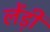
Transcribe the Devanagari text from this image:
लेंड़ी